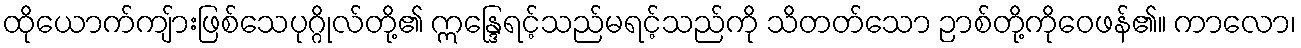
ထိုယောက်ကျ်ားဖြစ်သေပုဂ္ဂိုလ်တို့၏ ဣန္ဒြေရင့်သည်မရင့်သည်ကို သိတတ်သော ဉာစ်တို့ကိုဝေဖန်၏။ ကာလော၊